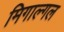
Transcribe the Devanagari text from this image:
मिगाल्गल